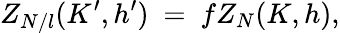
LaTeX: Z_{N/l}(K^{\prime},h^{\prime})\ =\ fZ_{N}(K,h),